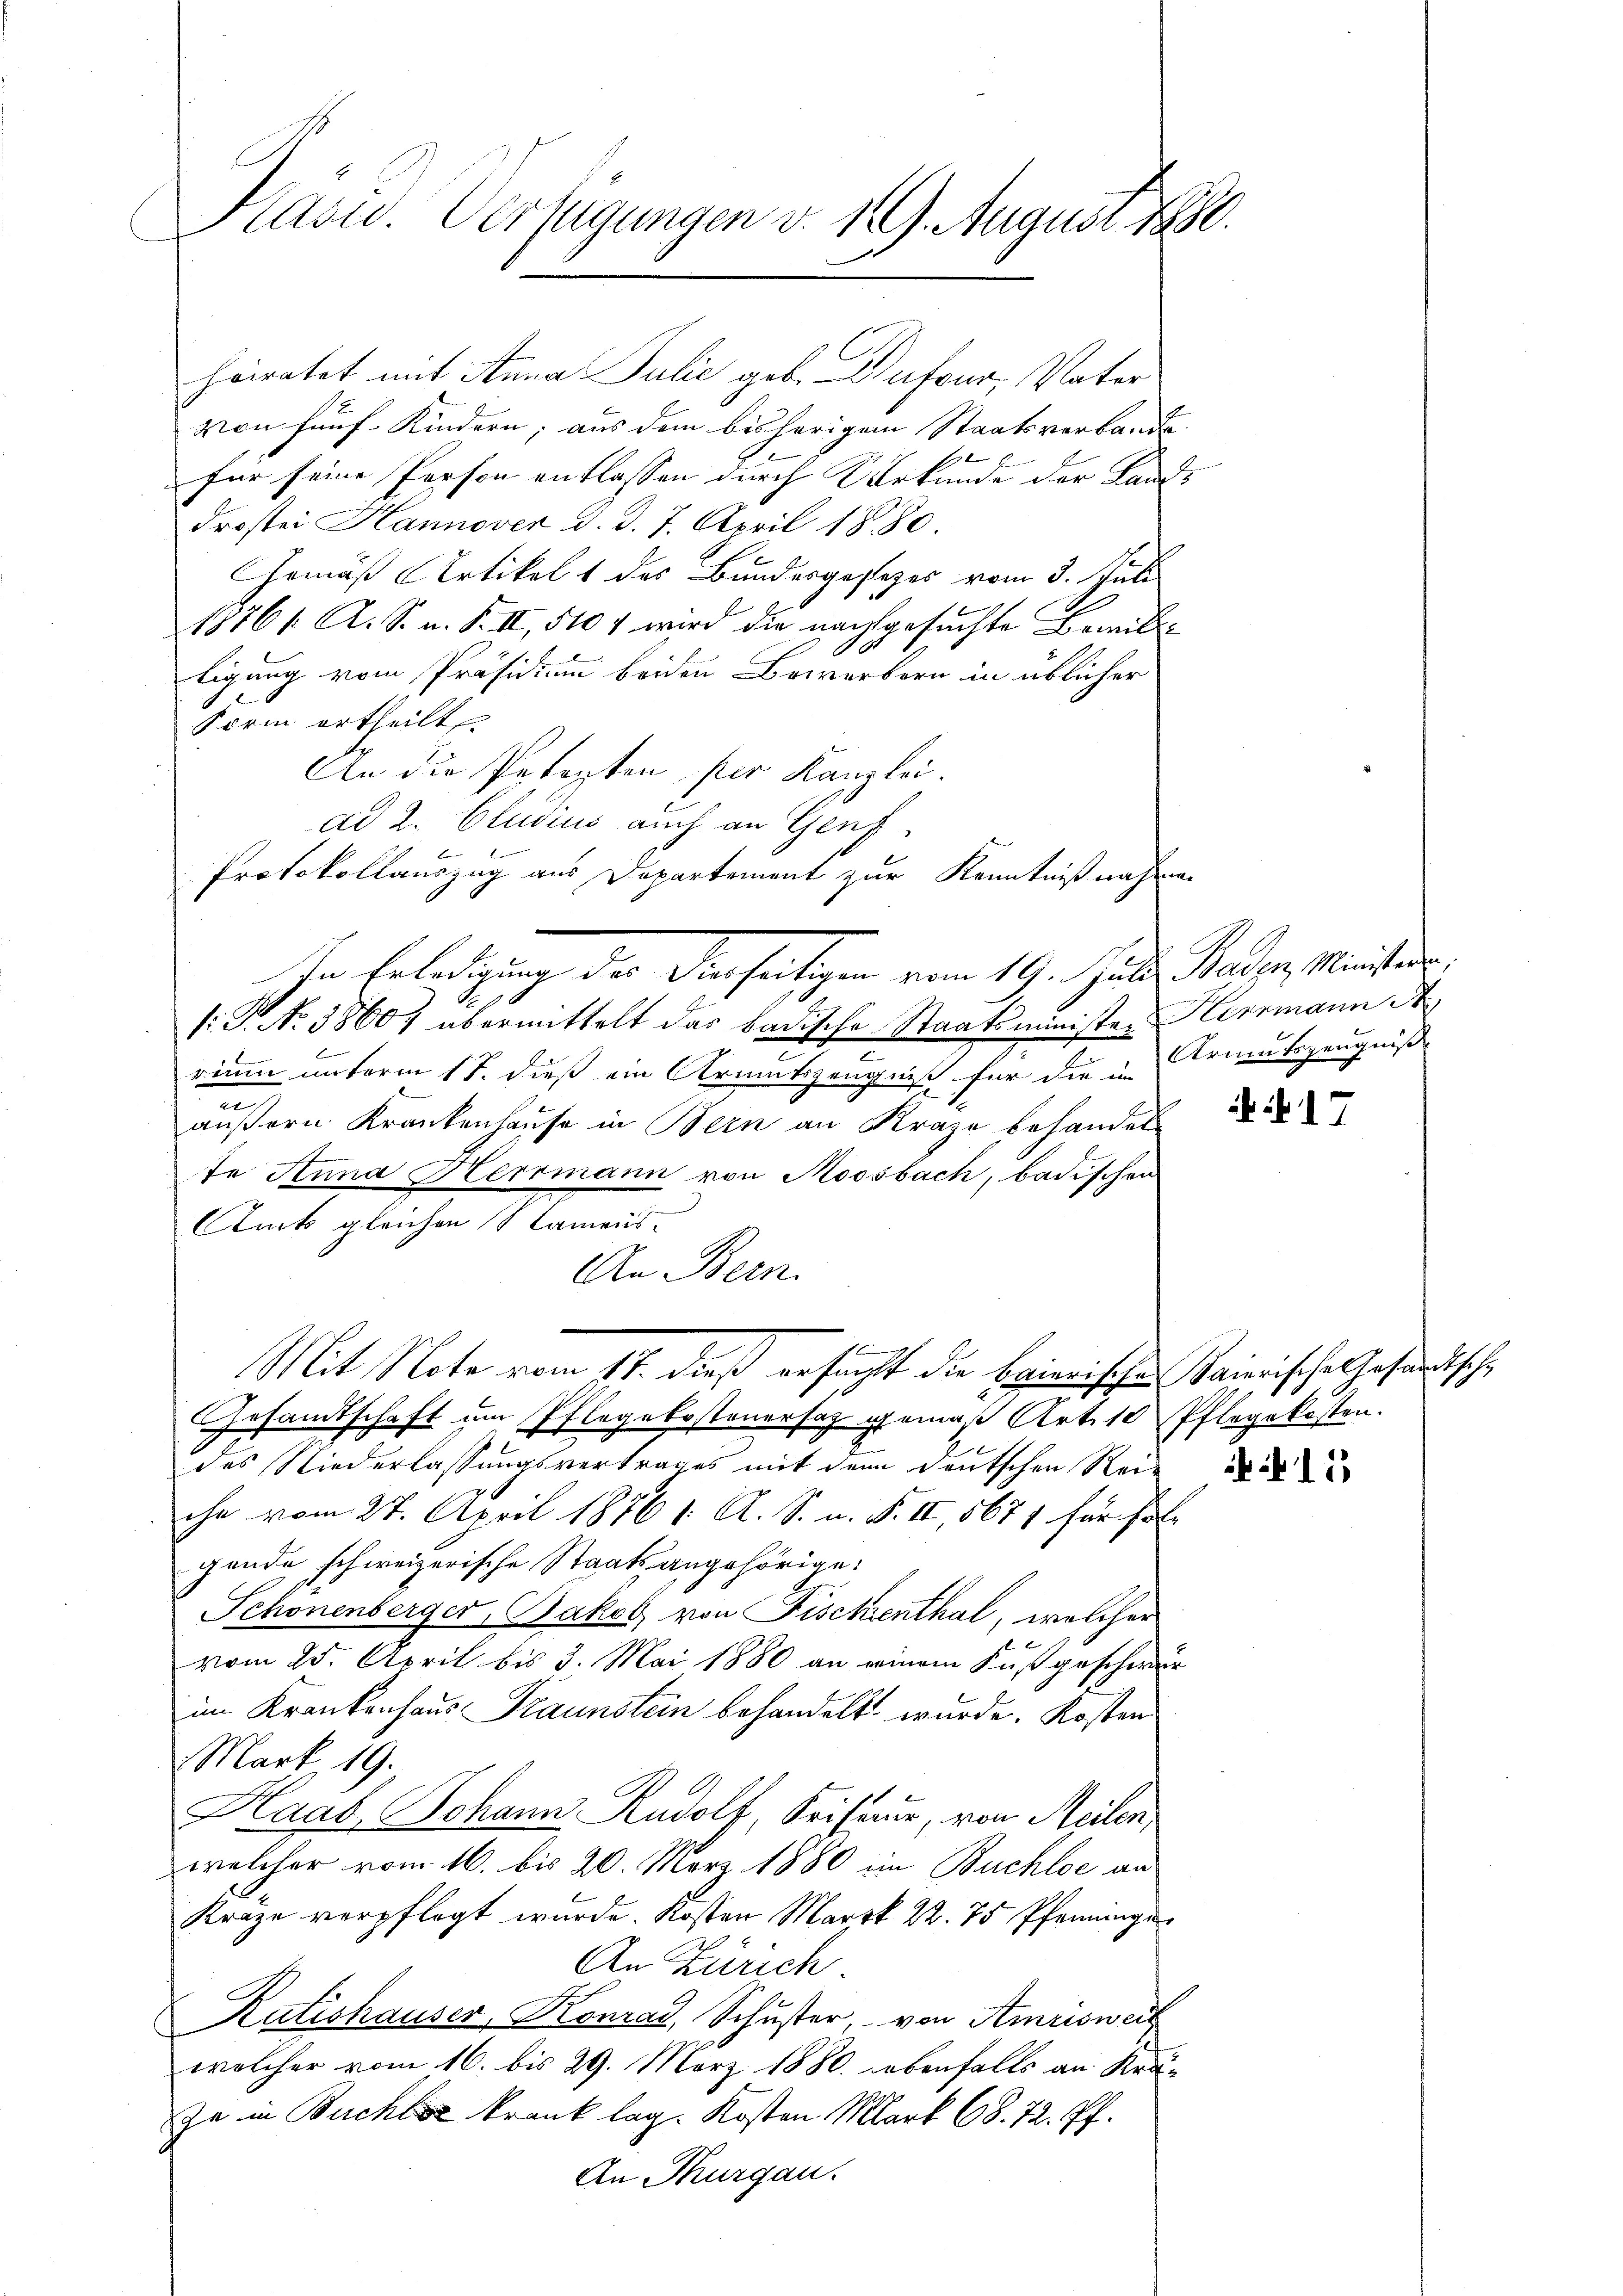
Kasu. Verfügungen v. 129. August 1880

heiratet mit Anna Julić geb. Dufour, Vater
von fünf Kindern; aus dem bisherigem Staatsverbande
für seine Person entlassen durch Urkunde der Lands
drostei Hannover d. d. 7. April 1880
Armäß Artikelt des Bundesgesezes vom 3. Juli
18761. A. S. n. F. II, 510 wird die nachgesuchte Bemit
tigung vom Präsidium beiden Bewerbern in üblicher
Form ertheilt
An die Petenten, ser Kanzlei.
dd 2. Studius auch an Genf
Protokollauszug aus Departement zur Kenntnißnahmen
-
1: P. No 5860) übermittelt das badische Staatsminister Herrmann A
rium unterm 17. dieß ein Armutszeugniß für die in Armutszeugniß
.
äußern Krankenhause in Bern an Krage behandel
te Anna Herrmann von Moosbach, badischen
Atuck gleichen Namens-
An Bern.
Mit Note vom 17. dieß ersucht die baierischen Maierische Gesundische
Gesandtschaft um Pflegekostenersaz gemäß Art. 10 Pflegekosten.
des Niederlassungsvertrages mit dem deutschen Rei-
che vom 27. April 1876 1. A. S. n. F. II, 5671 für Fr
gende schweizerische Staatsangehörige
Schönenberger, Jakob von Fischenthal, welcher
vom 25. April bis 3. Mai 1880 an einem Fuß geschwurim Krankenhaus Traunstein behandelt wurde. Kosten
Mark. 19.
Haab Johann Rudolf, Kriseur, von Meilen,
welcher vom 16. bis 20. März 1880 im Buchlee an
Kräge verpflegt wurde. Kosten Marck 22. 75 Pfenningen
An Zürich
Katishauser, Konrad, Schuster, von Amrisweil
welcher vom 16. bis 29. März 1880. Lebenfalls an Kräza in Buchte krank lag. Kosten Mark 68. 72. Pf.
An Thurgau.

In Erledigung des Diesseitigen vom 19. Juli Baden Ministern,

i 17

15